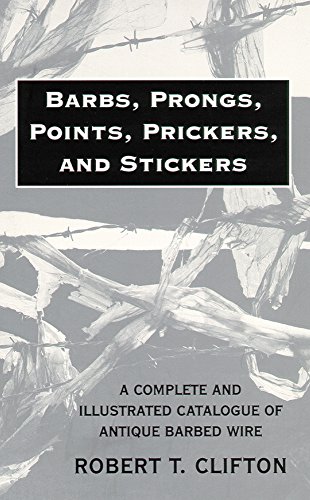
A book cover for Barbs, Prongs, Points, Prickers, and Stickers: A Complete and Illustrated Catalogue of Antique Barbed Wire; Robert T. Clifton; Humor & Entertainment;